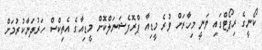
ކޯނީގެ ރިޕޯޓްގައި ވަނީ މިހާރަށް ވުރެ މީޑިއާ ޕްރޮފެޝަނަލްކޮށް މީޑިއާގެ އެތިކްސް ހަރުދަނާކުރުމަށް